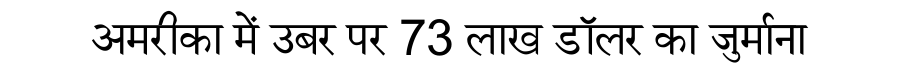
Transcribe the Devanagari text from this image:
अमरीका में उबर पर 73 लाख डॉलर का जुर्माना